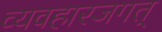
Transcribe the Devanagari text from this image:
व्यवहारजगत्‌